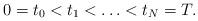
LaTeX: \begin{align*}0 = t_0 < t_1 < \ldots < t_N = T .\end{align*}